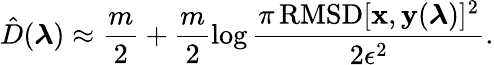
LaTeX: \hat{D}(\boldsymbol{\lambda})\approx\frac{m}{2}+\frac{m}{2}\log\frac{\pi\, \mathrm{RMSD}[\mathbf{x},\mathbf{y}(\boldsymbol{\lambda})]^{2}}{2\epsilon^{2}}.